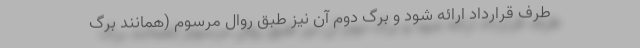
طرف قرارداد ارائه شود و برگ دوم آن نیز طبق روال مرسوم (همانند برگ